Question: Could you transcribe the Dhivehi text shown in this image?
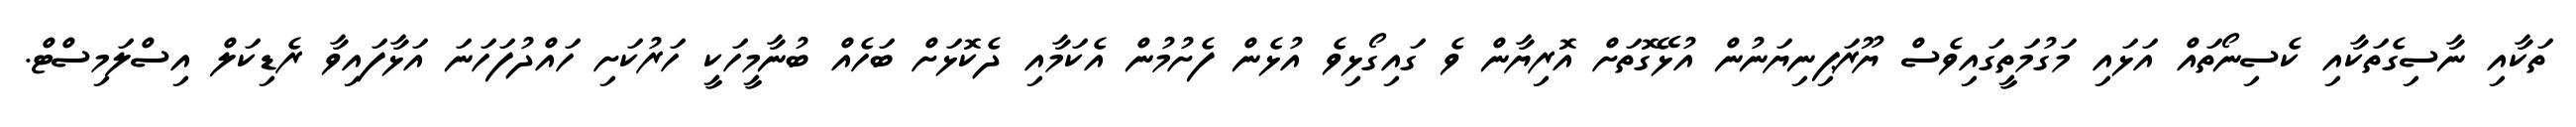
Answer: ތަކާއި ނާސިގެތަކާއި ކެސިނޯތައް އަޅައި މަގުމަތީގައިވެސް ޔޫރަޕިނިޔަނުން އުޅޭގޮތަށް އޮރިޔާން ވެ ގައިގޯޅިވެ އުޅެން ފެށުމުން އެކަމާއި ދެކޮޅަށް ބަހެއް ބުނާމީހަކީ ހަރުކަށި ހައްދުފަހަނަ އަޅާފައިވާ ރެޑިކަލް އިސްލަމިސްޓް.